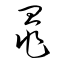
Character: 鼂